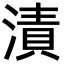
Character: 漬